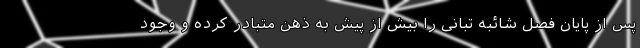
پس از پایان فصل شائبه تبانی را بیش از پیش به ذهن متبادر کرده و وجود